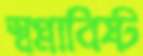
স্বপ্নাবিষ্ট